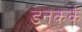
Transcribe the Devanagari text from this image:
डनकर्क